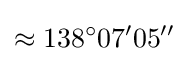
\approx 138^{\circ }07'05''